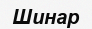
Шинар